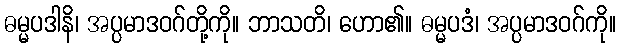
ဓမ္မပဒါနိ၊ အပ္ပမာဒဝဂ်တို့ကို။ ဘာသတိ၊ ဟော၏။ ဓမ္မပဒံ၊ အပ္ပမာဒဝဂ်ကို။